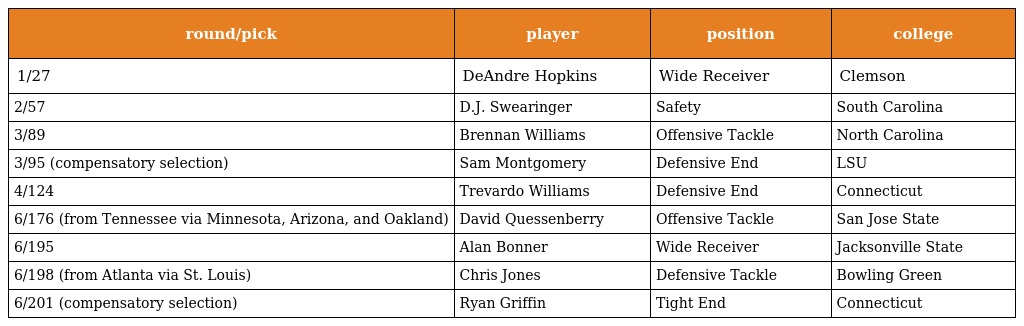
| round/pick | player | position | college |
 | --- | --- | --- | --- |
 | 1/27 | DeAndre Hopkins | Wide Receiver | Clemson |
 | 2/57 | D.J. Swearinger | Safety | South Carolina |
 | 3/89 | Brennan Williams | Offensive Tackle | North Carolina |
 | 3/95 (compensatory selection) | Sam Montgomery | Defensive End | LSU |
 | 4/124 | Trevardo Williams | Defensive End | Connecticut |
 | 6/176 (from Tennessee via Minnesota, Arizona, and Oakland) | David Quessenberry | Offensive Tackle | San Jose State |
 | 6/195 | Alan Bonner | Wide Receiver | Jacksonville State |
 | 6/198 (from Atlanta via St. Louis) | Chris Jones | Defensive Tackle | Bowling Green |
 | 6/201 (compensatory selection) | Ryan Griffin | Tight End | Connecticut |